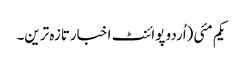
یکم مئی(اُردو پوائنٹ اخبارتازہ ترین۔